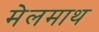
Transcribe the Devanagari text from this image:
मेलमाथ